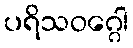
ပရိသဝဂ္ဂေါ